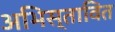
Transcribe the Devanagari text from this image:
अभिस्तावित